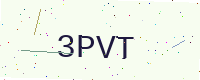
Text: 3PVT